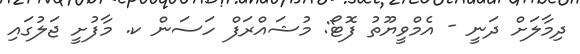
ދިމާލަށް ދަނީ - އެމްވީޔޫތު ފޮޓޯ: މުޝައްރަފް ހަސަން ކ. މާފުށީ ޖަލުގައި